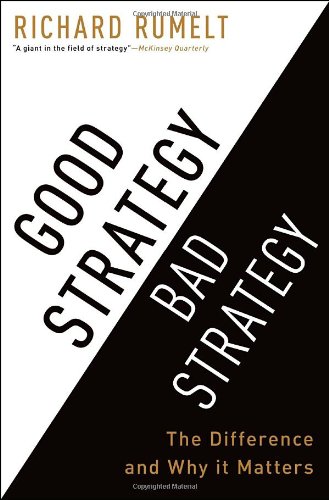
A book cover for Good Strategy Bad Strategy: The Difference and Why It Matters; Richard Rumelt; Business & Money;